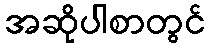
အဆိုပါစာတွင်